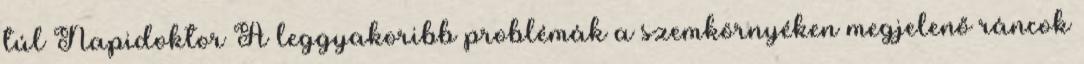
túl Napidoktor A leggyakoribb problémák a szemkörnyéken megjelenő ráncok